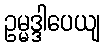
ဥမ္မဒ္ဒါပေယျ